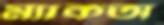
ম্যাকঅ্